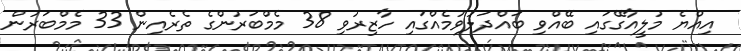
އިއްޔެ މުލީއާގޭގައި ބޭއްވި ބައްދަލުވުމެއްގައި ހާޒިރުވި 38 މެމްބަރުންގެ ތެރެއިން 33 މެމްބަރުން